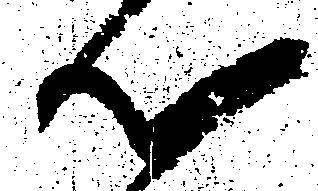
心